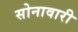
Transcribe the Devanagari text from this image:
सोनावारी